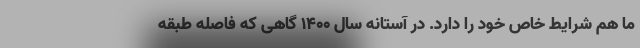
ما هم شرایط خاص خود را دارد. در آستانه سال ۱۴۰۰ گاهی که فاصله طبقه